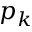
p _ { k }